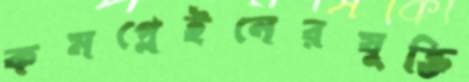
কমপ্লেইনেরযুক্তি